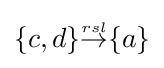
{\textstyle \{c,d\}{\stackrel {\scriptscriptstyle rsl}{\rightarrow }}\{a\}}